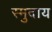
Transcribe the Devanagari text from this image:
स्मुदाय